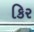
કિર